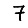
Digit: 7